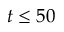
t \leq 5 0